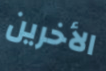
الأخرين